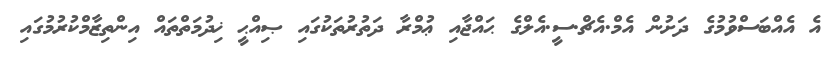
އެ އެއްބަސްވުމުގެ ދަށުން އެމް.އެޗް.ސީ.އެލްގެ ޙައްޖާއި ޢުމްރާ ދަތުރުތަކުގައި ޞިއްޙީ ޚިދުމަތްތައް އިންތިޒާމްކުރުމުގައި